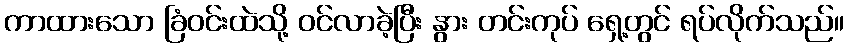
ကာထားသော ခြံဝင်းထဲသို့ ဝင်လာခဲ့ပြီး နွား တင်းကုပ် ရှေ့တွင် ရပ်လိုက်သည်။